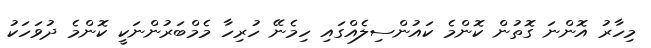
މިހާރު އޮންނަ ގޮތުން ކޮންމެ ކައުންސިލެއްގައި ހިމެނޭ ހުރިހާ މެމްބަރުންނަކީ ކޮންމެ ދުވަހަކު